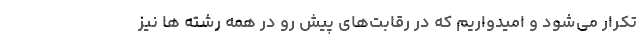
تکرار می‌شود و امیدواریم که در رقابت‌های پیش رو در همه رشته ها نیز